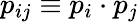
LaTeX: p_{ij}\equiv p_{i}\cdot p_{j}